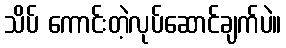
သိပ် ကောင်းတဲ့လုပ်ဆောင်ချက်ပဲ။